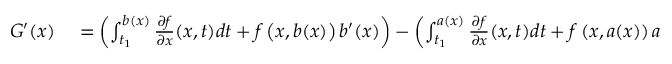
\begin{array} { r l } { G ^ { \prime } ( x ) } & { { } = \left( \int _ { t _ { 1 } } ^ { b ( x ) } { \frac { \partial f } { \partial x } } ( x , t ) d t + f \left( x , b ( x ) \right) b ^ { \prime } ( x ) \right) - \left( \int _ { t _ { 1 } } ^ { a ( x ) } { \frac { \partial f } { \partial x } } ( x , t ) d t + f \left( x , a ( x ) \right) a ^ { \prime } ( x ) \right) } \end{array}